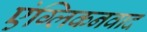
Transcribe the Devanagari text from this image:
एंग्लिकनवाद